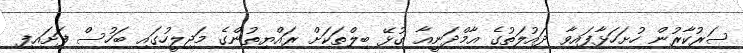
ސަރުކާރުން ހުށަހަޅާފައިވާ ދައުލަތުގެ އާމްދަނީއާ ގުޅޭ ބިލްތަކަށް ރައްޔިތުންގެ މަޖިލީހުގައި ބަހުސް ފަށައިފި